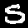
Label: 5